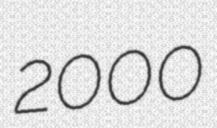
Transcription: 2000